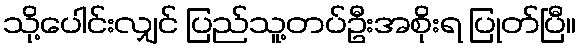
သို့ပေါင်းလျှင် ပြည်သူ့တပ်ဦးအစိုးရ ပြုတ်ပြီ။